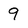
Character: 9